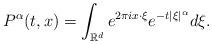
LaTeX: \begin{align*}P^{\alpha}(t,x) = \int_{{\mathbb R}^d} e^{2\pi ix\cdot\xi} e^{-t|\xi|^\alpha} d\xi.\end{align*}